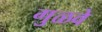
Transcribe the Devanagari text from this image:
गुळवे